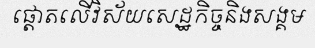
ផ្តោតលើវិស័យសេដ្ឋកិច្ចនិងសង្គម